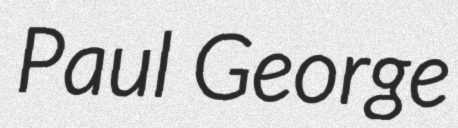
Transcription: Paul George